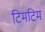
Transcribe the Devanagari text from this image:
टिमटिम